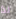
لذا